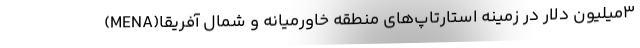
۳میلیون دلار در زمینه استارتاپ‌های منطقه خاورمیانه و شمال آفریقا(MENA)